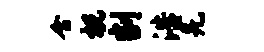
含祝割浩羌